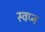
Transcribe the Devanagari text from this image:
स्‍वप्‍न